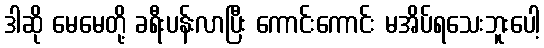
ဒါဆို မေမေတို့ ခရီးပန်းလာပြီး ကောင်းကောင်း မအိပ်ရသေးဘူးပေါ့